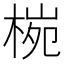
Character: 𪲤